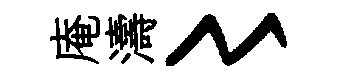
庵濤〻